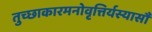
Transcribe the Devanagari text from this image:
तुच्छाकारमनोवृत्तिर्यस्यासौ